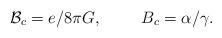
LaTeX: \begin{align*}{\cal B}_{c}=e/8\pi G ,\hspace{10 mm} B_{c}=\alpha/\gamma. \end{align*}